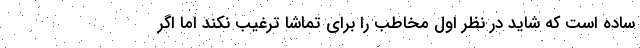
ساده است که شاید در نظر اول مخاطب را برای تماشا ترغیب نکند اما اگر